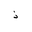
Letter: _thal